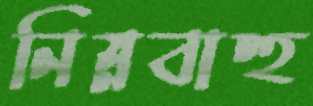
নিম্নবাহু